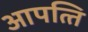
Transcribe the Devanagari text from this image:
आपत्‍ति